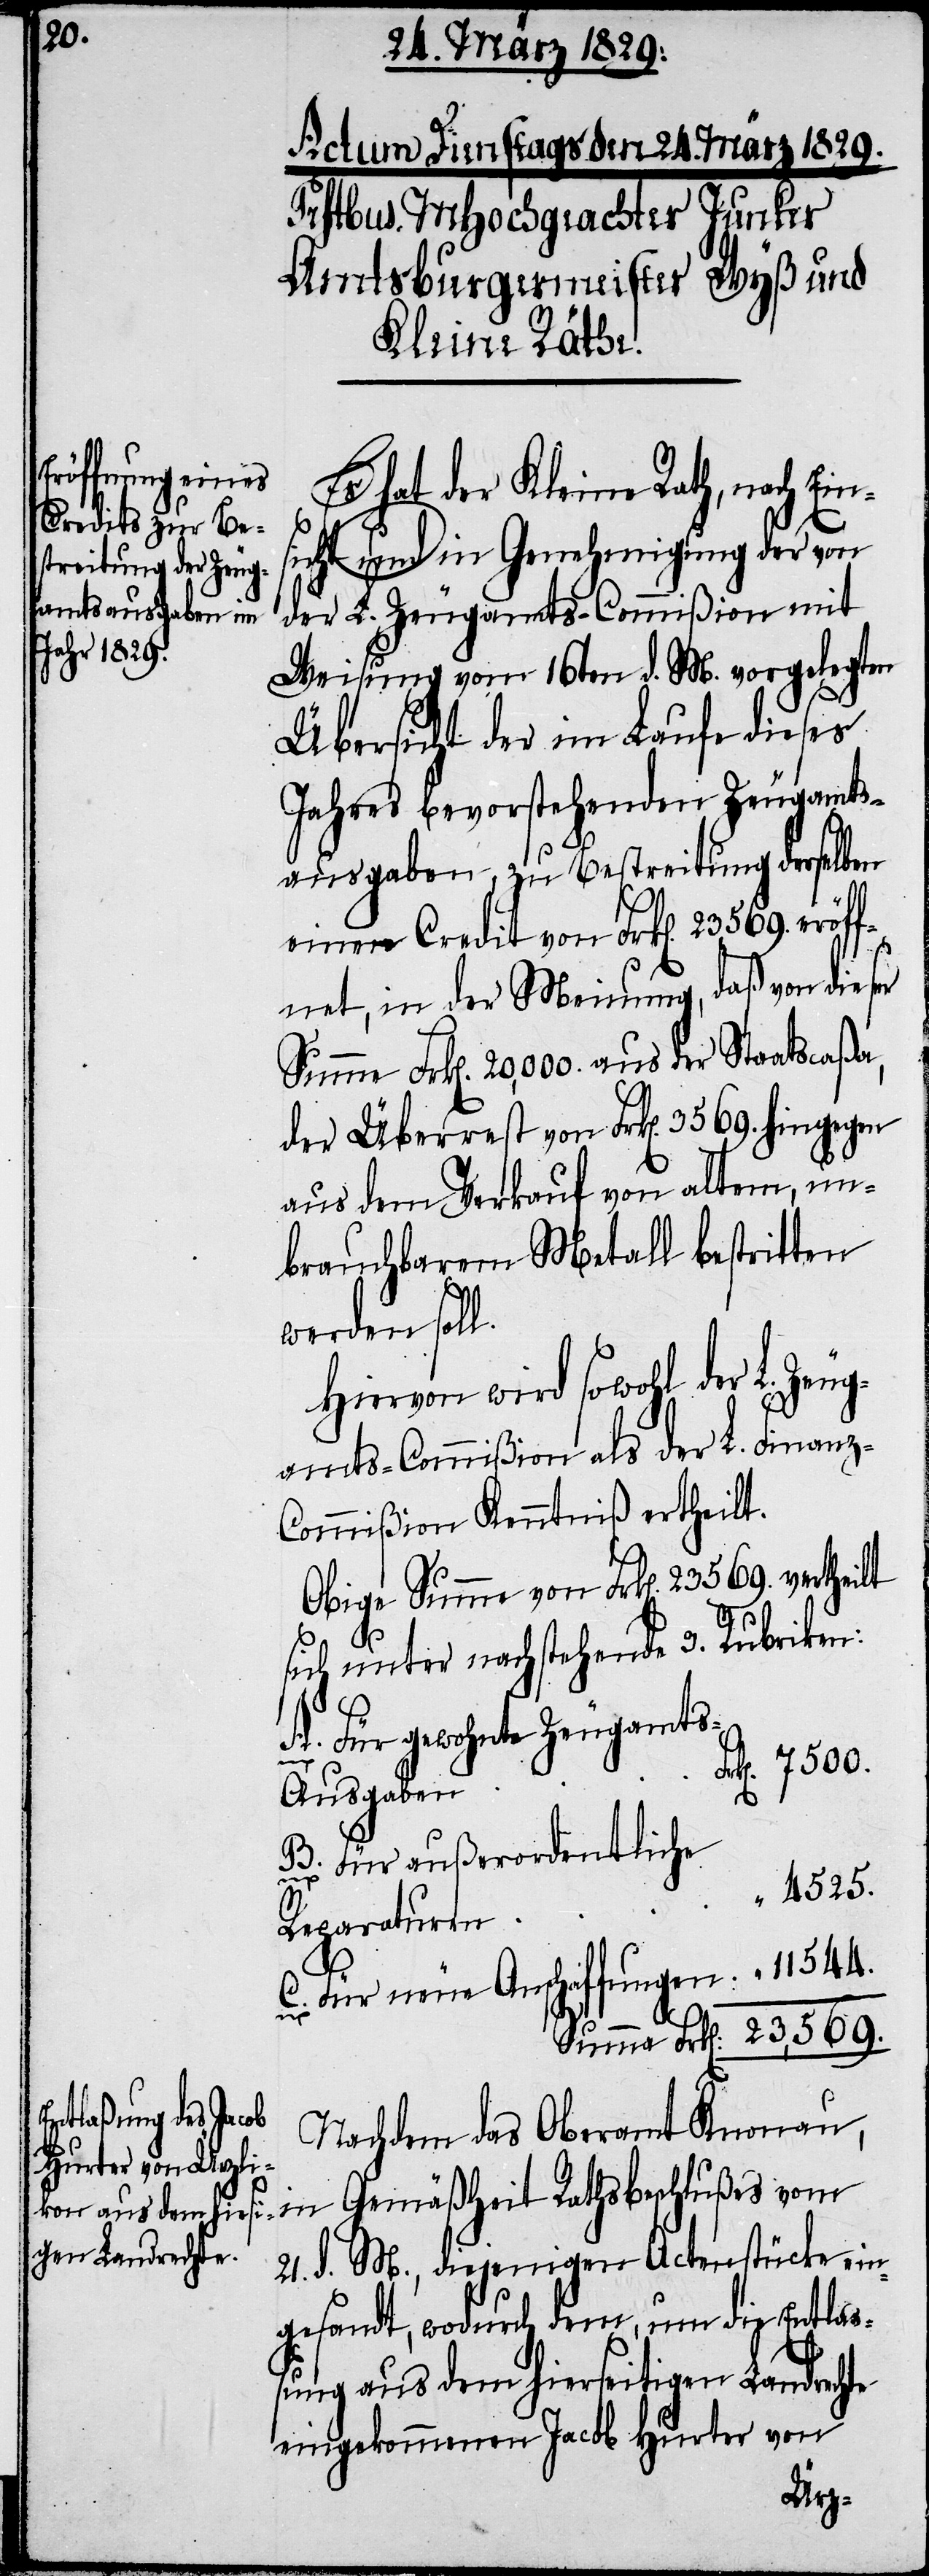
Es hat der Kleine Rath, nach Ei¬
sicht und in Genehmigung der von
der L. Zeugamts-Commißion mit
Weisung vom 16ten d. M. vorgelegten
Übersicht der im Laufe dieses
Jahres bevorstehenden Zeugamts¬
ausgaben, zu Bestreitung derselben
einen Credit von Frk[en]. 23569. eröff¬
net, in der Meinung, daß von dies¬
Summe Frk[en]. 20,000 aus der Staatscaßa,
der Überrest von Frk[en]. 3569. hingegen
aus dem Verkauf von altem, un¬
brauchbarem Metall bestritten
werden soll.
Hiervon wird sowohl der L. Zeug¬
amts-Commißion als der L. Finanz-C¬
ommißion Kenntniß ertheilt.
Obige Summe von Frk[en]. 23569. verthei¬
sich unter nachstehende 3. Rubriken:
A. Für gewohnte Zeugamt¬
in
k[en]. 7500.
s-Ausgaben
B. Für außerordentliche
“ 4525.
Reparaturen
C. Für neue Anschaffungen “ 11544.
Summa Frk[en]. 23,569.
Nachdem das Oberamt Knonau,
21. d. M., diejenigen Actenstücke ein¬
gesandt, wodurch dem, um die Entla¬
ßung aus dem hierseitigen Landrechte
eingekommenen Jacob Hurter von
Fr¬